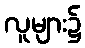
လူများ၌